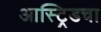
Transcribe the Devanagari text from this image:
आस्ट्रिडचा